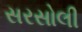
સરસોલી